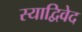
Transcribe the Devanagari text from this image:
स्याद्विवेद